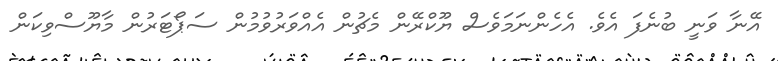
އޭނާ ވަނީ ބުނެފަ އެވެ. އެހެންނަމަވެސް ޔޫކްރޭން މެޗުން އެއްވަރުވުމުން ސަޕޯޓަރުން މާޔޫސްވިކަން